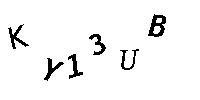
KY13UB